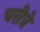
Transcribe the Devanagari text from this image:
चरीत्रे